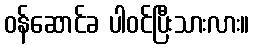
ဝန်ဆောင်ခ ပါဝင်ပြီးသားလား။